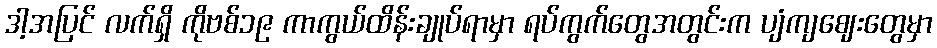
ဒါ့အပြင် လက်ရှိ ကိုဗစ်၁၉ ကာကွယ်ထိန်းချုပ်ရာမှာ ရပ်ကွက်တွေအတွင်းက ပျံကျဈေးတွေမှာ